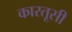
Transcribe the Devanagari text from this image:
कारतूसी